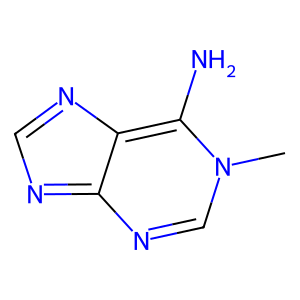
SMILES: Cn1cnc2ncnc-2c1N
Inhibits HIV replication: No